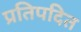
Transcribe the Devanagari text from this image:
प्रतिपदित